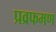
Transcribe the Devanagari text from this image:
प्रव्रफमण